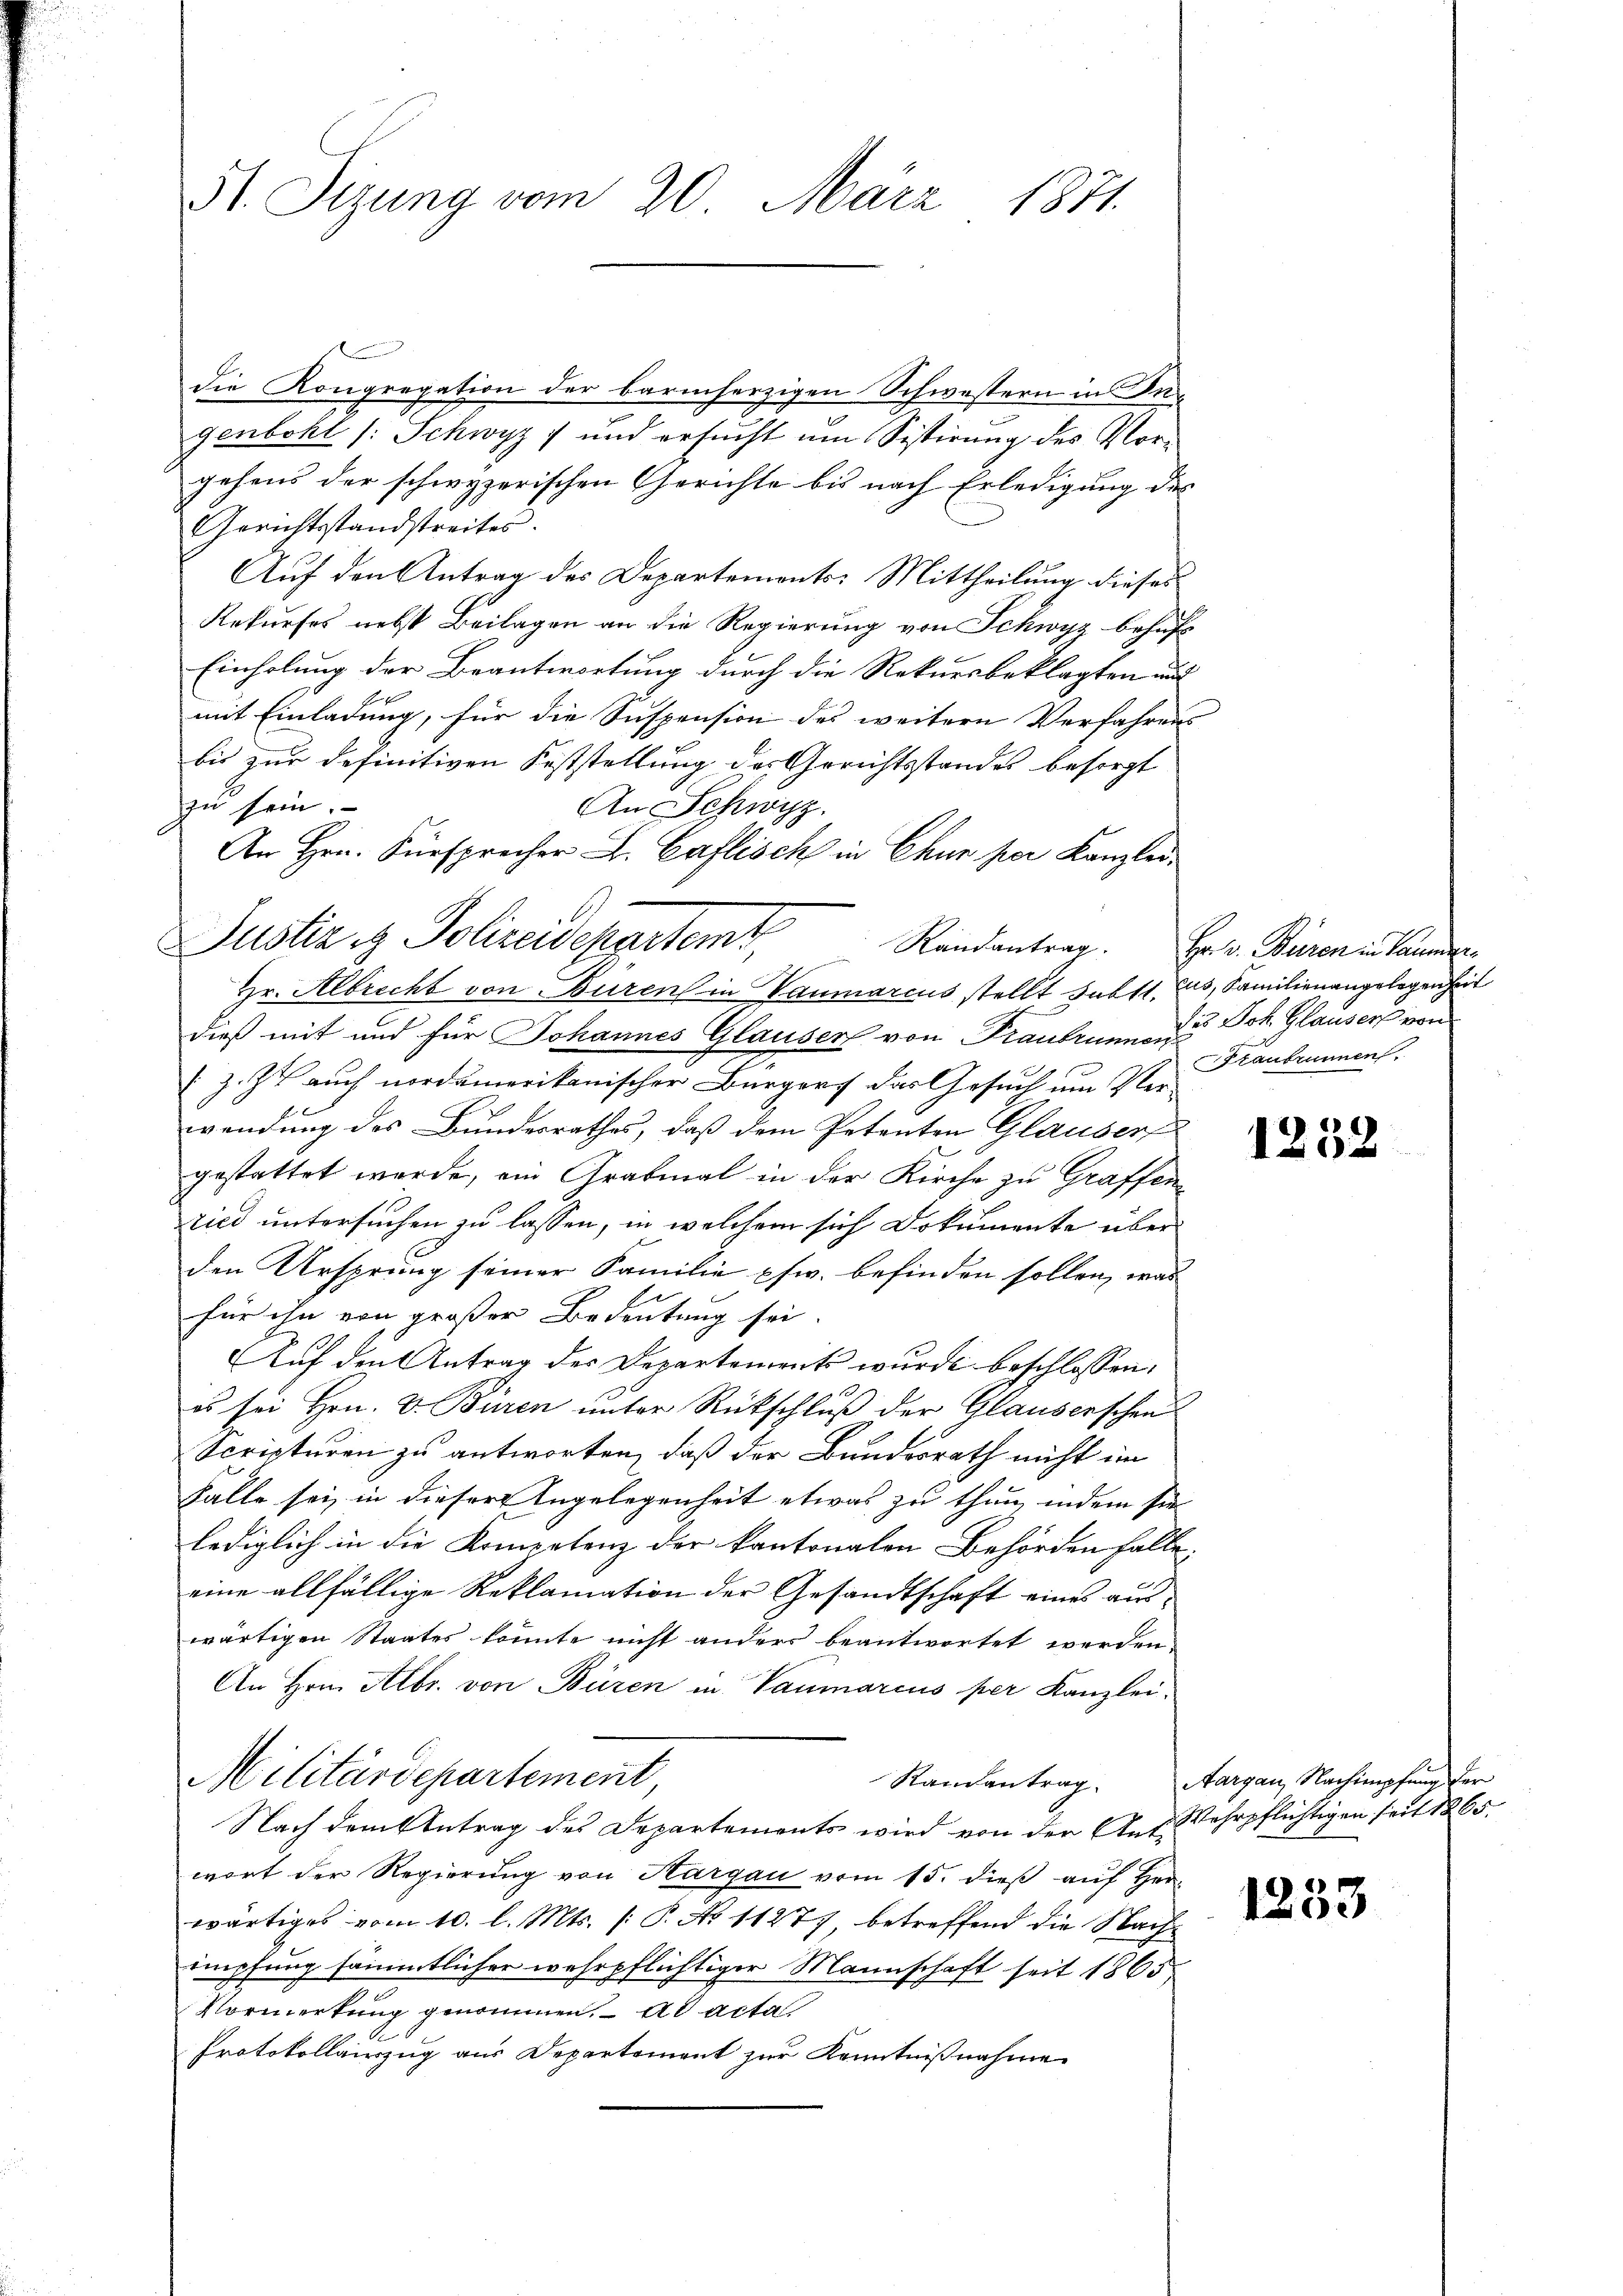
51. Sizung vom 20. März 1871.

An Hrn. Fürsprecher L. Caflisch in Chur per Kanzlei¬
Justiz & Polizeidepartemt, Randantrag. Hr. v. Baron in Sammen

die Kongregation der barmherzigen Schwestern in Ingenbohl /: Schwyz und ersucht um Sistirung des Vorgehens der schwyzerischen Gerichte bis nach Erledigung des
Gerichtstandstreiter.
Auf den Antrag des Departements: Mittheilung dieses
Rekurses nebst Beilagen an die Regierung von Schwyz behufs
Einholung der Beantwortung durch die Rekursbeklagten und
mit Einladung, für die Suspension des weitern Verfahrens
bis zur definitiven Feststellung des Gerichtsstandes besorgt
zu sein.
An Schwyz.
Hr. Albrecht von Büren in Vaumarcus stellt subst, das, Familienangelegenheit
dieß mit und für Johannes Glausers von Franbrunner des Joh. Glausers von
 z. Z. auch nordamerikanischer Bürgers das Gesuch um Ver-
wendung des Bundesrathes, daß dem Petenten Glauber
gestattet werde, ein Grabmal in der Kirche zu Graffen
ried untersuchen zu lassen, in welchem sich Dokumente über
den Ursprung seiner Familie pfw. befinden sollen, was
für ihn von großer Bedeutung sei.
Auf den Antrag des Departements wurde beschlossen,
es sei Hrn. V. Büren unter Rückschluß der Glauserschen
Scripturen zu antworten, daß der Bundesrath nicht im
Falle sei, in dieser Angelegenheit etwas zu thun, indem sie
lediglich in die Kompetenz der kantonalen Behörden falle,
eine allfällige Reklamation der Gesandtschaft eines auswärtigen Staates könnte nicht anders beantwortet werden.
An Hrn. Albr. von Büren in Vaumarcus per Kanzlei¬
Militärdepartement,
Nach dem betrag des Departements wird von den Auf Wehrpflichtigen seit 186
wort der Regierung von Aargau vom 15. dieß auf Her-
wärtiges vom 10. l. Mts. (: P. No 11277, betreffend die Nachmpfung sämmtlicher wehrpflichtiger Mannschaft seit 1865
Vormerkung genommen. ad acta
Protokollauszug aus Departement zur Kenntnißnahme

Franbrunnen.

1232

Randantrag. Aargau, Nachimpfung der

1233